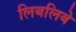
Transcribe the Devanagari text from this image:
लिबलिबे